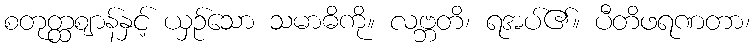
စတုတ္ထဈာန်နှင့် ယှဉ်သော သမာဓိကို။ လဗ္ဘတိ၊ ရအပ်၏။ ပီတိဖရဏတာ၊